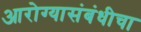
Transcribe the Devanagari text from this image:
आरोग्यासंबंधीचा